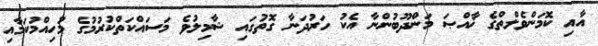
އާއި ކޮމަންވެލްތްގެ ޚާއްޞަ މަންދޫބުންނާ އެކު ހަރުދަނާ ގޮތުގައި ޝާމިލުވެ މަސައްކަތްކުރުމުގެ މުހިއްމުކަމާއި